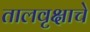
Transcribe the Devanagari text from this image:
तालवृक्षाचे